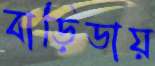
বাড়িডায়